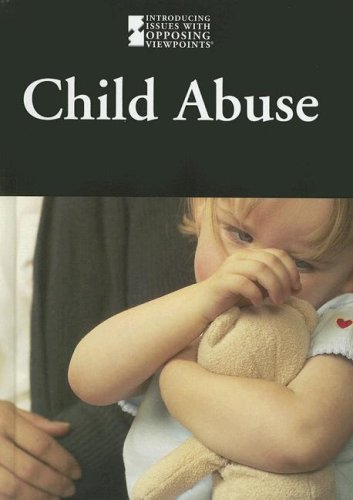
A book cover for Child Abuse (Introducing Issues with Opposing Viewpoints); William Dudley; Teen & Young Adult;